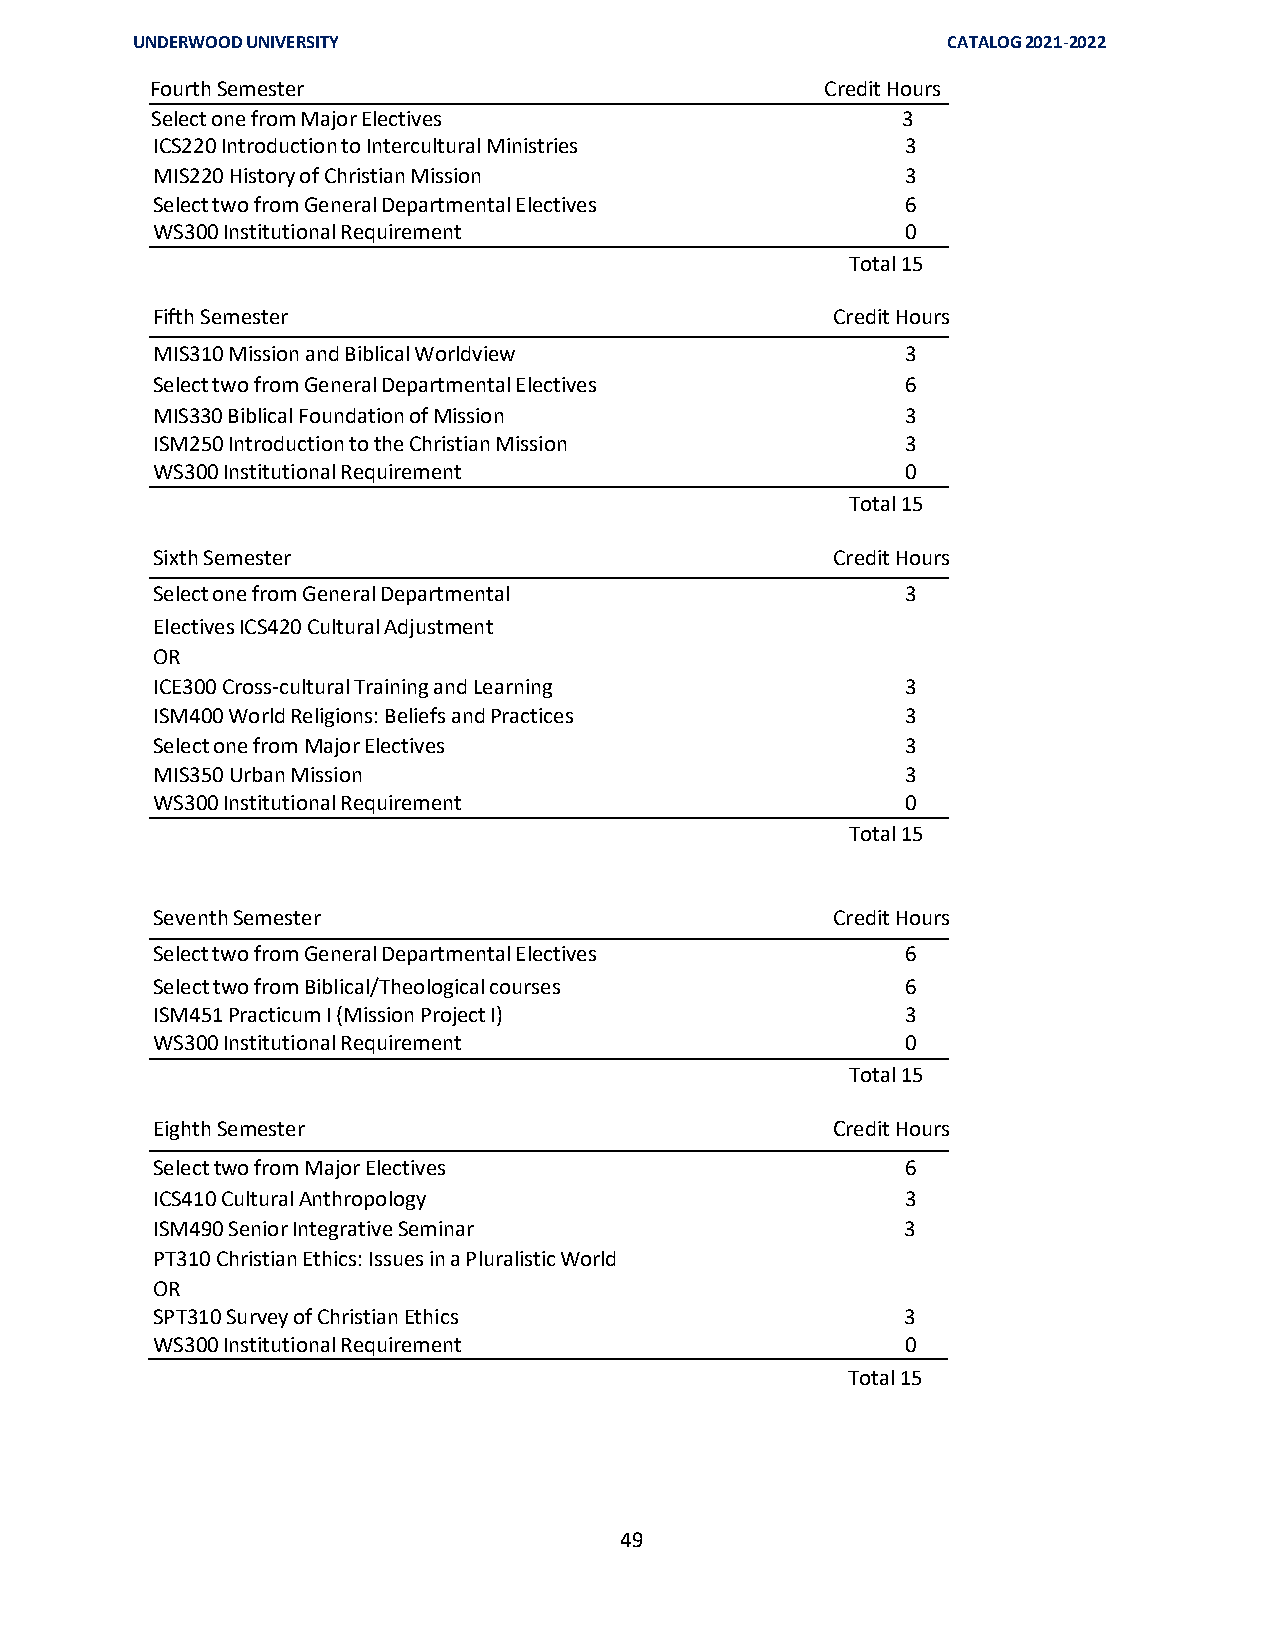
UNDERWOOD UNIVERSITY                                  CATALOG 2021-2022
 Fourth Semester                              Credit Hours
 Select one from Major Electives                   3
 ICS220 Introduction to Intercultural Ministries   3
 MIS220 History of Christian Mission               3
 Select two from General Departmental Electives    6
 WS300 Institutional Requirement                   0
 Total 15
 Fifth Semester                               Credit Hours
 MIS310 Mission and Biblical Worldview             3
 Select two from General Departmental Electives    6
 MIS330 Biblical Foundation of Mission             3
 ISM250 Introduction to the Christian Mission      3
 WS300 Institutional Requirement                   0
 Total 15
 Sixth Semester                               Credit Hours
 Select one from General Departmental              3
 Electives ICS420 Cultural Adjustment
 OR
 ICE300 Cross-cultural Training and Learning       3
 ISM400 World Religions: Beliefs and Practices     3
 Select one from Major Electives                   3
 MIS350 Urban Mission                              3
 WS300 Institutional Requirement                   0
 Total 15
 Seventh Semester                             Credit Hours
 Select two from General Departmental Electives    6
 Select two from Biblical/Theological courses      6
 ISM451 Practicum I (Mission Project I)            3
 WS300 Institutional Requirement                   0
 Total 15
 Eighth Semester                              Credit Hours
 Select two from Major Electives                   6
 ICS410 Cultural Anthropology                      3
 ISM490 Senior Integrative Seminar                 3
 PT310 Christian Ethics: Issues in a Pluralistic World
 OR
 SPT310 Survey of Christian Ethics                 3
 WS300 Institutional Requirement                   0
 Total 15
 49